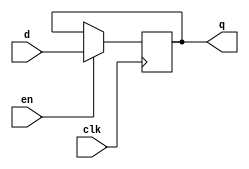
`timescale 1ns / 1ps
//////////////////////////////////////////////////////////////////////////////////
// Company: 
// Engineer: 
// 
// Design Name: 
// Module Name: flopen
// Project Name: 
// Target Devices: 
// Tool Versions: 
// Description: 
// 
// Dependencies: 
// 
// Revision:
// Revision 0.01 - File Created
// Additional Comments:
// 
//////////////////////////////////////////////////////////////////////////////////


module flopen #(parameter WIDTH = 32) (
    input                     clk, en,
    input       [WIDTH-1:0]   d,
    output reg  [WIDTH-1:0]   q
    );
    
    always @(posedge clk)
        if (en) q <= d;
endmodule